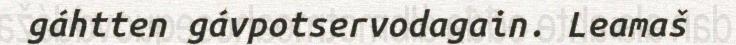
gáhtten gávpotservodagain. Leamaš